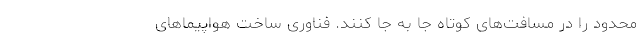
محدود را در مسافت‌های کوتاه جا به جا کنند. فناوری ساخت هواپیماهای